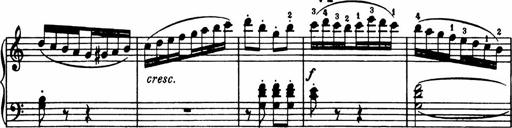
Title: Analytical Sonatinas
Composer: Frank Lynes